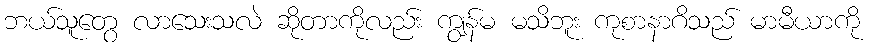
ဘယ်သူတွေ လာသေးသလဲ ဆိုတာကိုလည်း ကျွန်မ မသိဘူး ကုစာနာဂိသည် မာမီယာကို